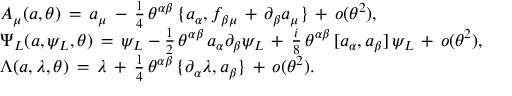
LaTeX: \begin{array} { l } { { { A _ { \mu } ( a , \theta ) \, = \, a _ { \mu } \, - \, \frac { 1 } { 4 } \, \theta ^ { \alpha \beta } \, \{ a _ { \alpha } , f _ { \beta \mu } \, + \, \partial _ { \beta } a _ { \mu } \} \, + \, o ( \theta ^ { 2 } ) , } } } \\ { { { \Psi _ { L } ( a , \psi _ { L } , \theta ) \, = \, \psi _ { L } - \frac { 1 } { 2 } \, \theta ^ { \alpha \beta } \, a _ { \alpha } \partial _ { \beta } \psi _ { L } \, + \, \frac { i } { 8 } \, \theta ^ { \alpha \beta } \, [ a _ { \alpha } , a _ { \beta } ] \, \psi _ { L } \, + \, o ( \theta ^ { 2 } ) , } } } \\ { { { \Lambda ( a , \lambda , \theta ) \, = \, \lambda \, + \, \frac { 1 } { 4 } \, \theta ^ { \alpha \beta } \, \{ \partial _ { \alpha } \lambda , a _ { \beta } \} \, + \, o ( \theta ^ { 2 } ) . } } } \end{array}